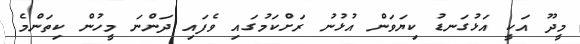
މީދޫ އަކީ އަޅުގަނޑު ކިޔަވަން އުޅުނު ރަށްކަމުގައި ވެފައި ދަންނަ މީހުން ކިތަންމެ